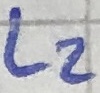
Text: L2